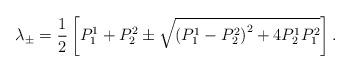
LaTeX: \begin{align*}\lambda _{\pm }=\frac{1}{2}\left[ P_{1}^{1}+P_{2}^{2}\pm \sqrt{\left(P_{1}^{1}-P_2^2\right) ^{2}+4P_{2}^{1}P_{1}^{2}}\right] .\end{align*}